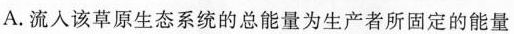
A.流入该草原生态系统的总能量为生产者所固定的能量